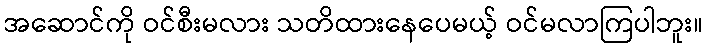
အဆောင်ကို ဝင်စီးမလား သတိထားနေပေမယ့် ဝင်မလာကြပါဘူး။